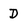
Character: D